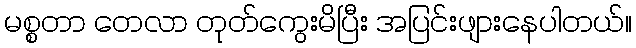
မစ္စတာ တေလာ တုတ်ကွေးမိပြီး အပြင်းဖျားနေပါတယ်။